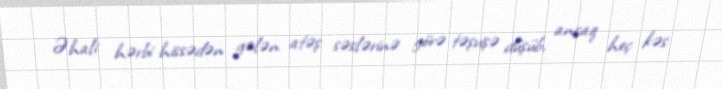
Əhali hərbi hissədən gələn atəş səslərinə görə təşvişə düşüb, ancaq heç kəs